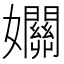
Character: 𡤡